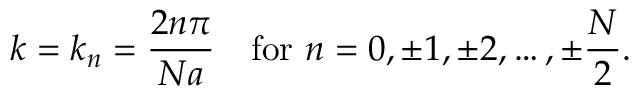
k = k _ { n } = { \frac { 2 n \pi } { N a } } \quad { \mathrm { f o r } } \ n = 0 , \pm 1 , \pm 2 , \ldots , \pm { \frac { N } { 2 } } .